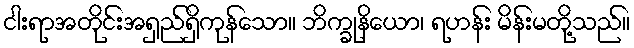
ငါးရာအတိုင်းအရှည်ရှိကုန်သော။ ဘိက္ခုနိယော၊ ရဟန်း မိန်းမတို့သည်။